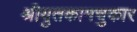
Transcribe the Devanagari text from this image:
श्रीयुतकामचुकार